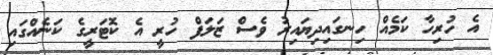
އެ ހުރިހާ ކަމެއް ހިނގައިދިޔައިރު ވެސް ޒަލަފް ހުރީ އެ ކޮޓަރީގެ ކަނެއްގައި